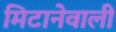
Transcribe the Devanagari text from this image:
मिटानेवाली